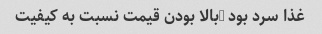
غذا سرد بود …بالا بودن قیمت نسبت به کیفیت